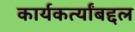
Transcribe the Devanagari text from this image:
कार्यकर्त्यांबद्दल